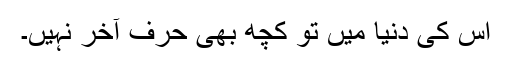
اس کی دنیا میں تو کچھ بھی حرفِ آخر نہیں۔